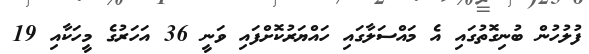
ފުލުހުން ބުނިގޮތުގައި އެ މައްސަލާގައި ހައްޔަރުކޮށްފައި ވަނީ 36 އަހަރުގެ މީހަކާއި 19